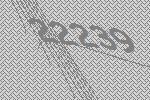
22239